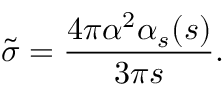
\tilde { \sigma } = { \frac { 4 \pi \alpha ^ { 2 } \alpha _ { s } ( s ) } { 3 \pi s } } .